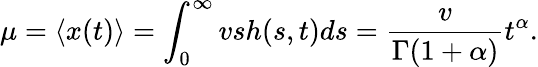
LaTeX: \mu=\langle x(t)\rangle=\int_{0}^{\infty}vsh(s,t)ds=\frac{v}{\Gamma(1+\alpha)}t^{\alpha}.